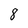
Character: 8